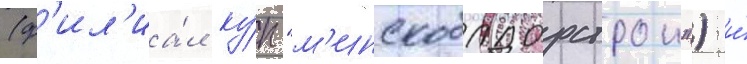
(ф'ил'иа́л ку́п "м'инскоблдорстрои") и́